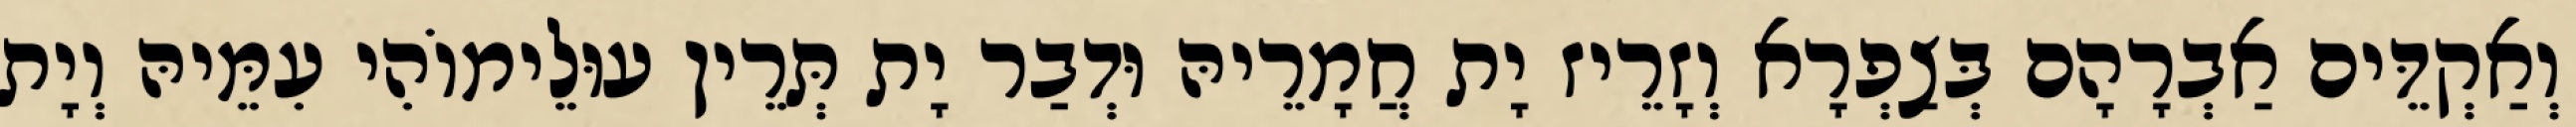
וְאַקְדֵּים אַבְרָהָם בְּצַפְרָא וְזָרֵיז יָת חֲמָרֵיהּ וּדְבַר יָת תְּרֵין עוּלֵימוֹהִי עִמֵּיהּ וְיָת